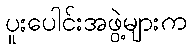
ပူးပေါင်းအဖွဲ့များက